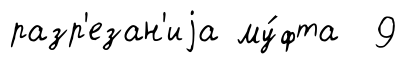
разр'езан'иjа му́фта 9